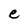
Character: e